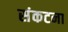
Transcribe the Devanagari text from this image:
संकटना